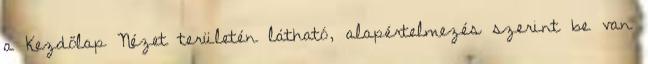
a Kezdőlap Nézet területén látható, alapértelmezés szerint be van